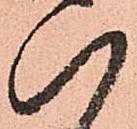
八